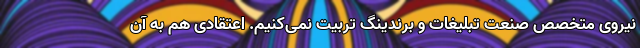
نیروی متخصص صنعت تبلیغات و برندینگ تربیت نمی‌کنیم. اعتقادی هم به آن